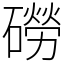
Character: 磱